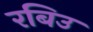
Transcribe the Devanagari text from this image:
रबिउ